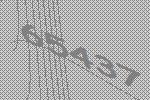
65437